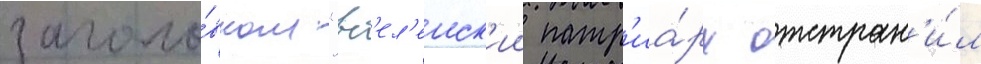
заголо́вком "вс'ел'енск'ии патр'иа́рх отстран'и́л